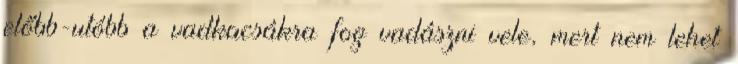
előbb-utóbb a vadkacsákra fog vadászni vele, mert nem lehet